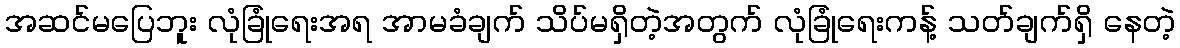
အဆင်မပြေဘူး လုံခြုံရေးအရ အာမခံချက် သိပ်မရှိတဲ့အတွက် လုံခြုံရေးကန့် သတ်ချက်ရှိ နေတဲ့